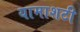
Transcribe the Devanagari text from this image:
यामाशटी